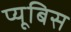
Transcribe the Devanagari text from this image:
प्यूबिस